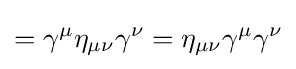
=\gamma ^{\mu }\eta _{\mu \nu }\gamma ^{\nu }=\eta _{\mu \nu }\gamma ^{\mu }\gamma ^{\nu }